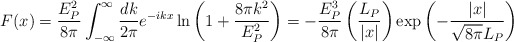
\begin{align*}F(x) = {E_P^2\over 8\pi}\int^\infty_{-\infty} {dk\over 2\pi} e^{-ikx} \ln \left( 1 + {8\pi k^2\over E_P^2}\right) = -{E_P^3\over 8\pi} \left( {L_P\over |x|}\right) \exp \left( - {|x|\over \sqrt{8\pi} L_P}\right)\end{align*}